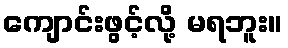
ကျောင်းဖွင့်လို့ မရဘူး။